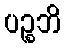
ပဉ္စဘိ